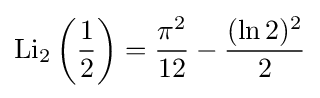
\operatorname {Li} _{2}\left({\frac {1}{2}}\right)={\frac {{\pi }^{2}}{12}}-{\frac {(\ln 2)^{2}}{2}}